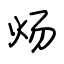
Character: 炀